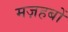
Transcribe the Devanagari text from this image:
मज़हबों